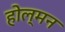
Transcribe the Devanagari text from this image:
होल्मन